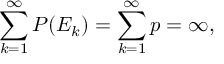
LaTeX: \sum _ { k = 1 } ^ { \infty } P ( E _ { k } ) = \sum _ { k = 1 } ^ { \infty } p = \infty ,